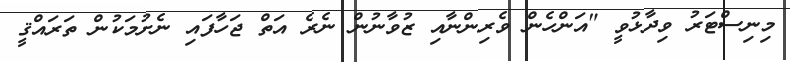
މިނިސްޓަރު ވިދާޅުވީ "އަންހެން ވެރިންނާއި ޒުވާނުން ނެރެ އަތް ޖަހާފައި ނެށުމަކުން ތަރައްޤީ